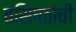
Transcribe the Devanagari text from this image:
वसिष्ठांची